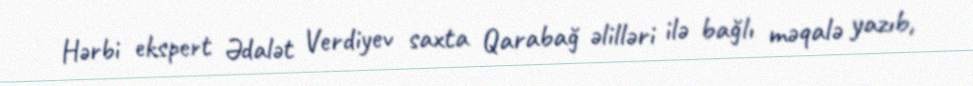
Hərbi ekspert Ədalət Verdiyev saxta Qarabağ əlilləri ilə bağlı məqalə yazıb,